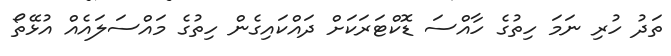
ތަދު ހުރި ނަމަ ހިތުގެ ހާއްސަ ޑޮކްޓަރަކަށް ދައްކައިގެން ހިތުގެ މައްސަލައެއް އުޅޭތޯ